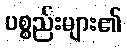
ပစ္စည်းများ၏